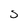
Character: S